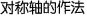
对称轴的做法